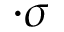
\cdot \sigma